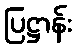
ပြဋ္ဌာန်း